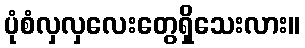
ပုံစံလှလှလေးတွေရှိသေးလား။